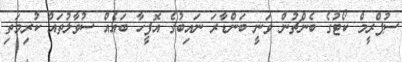
ސުޕްރީމް ކޯޓުގެ ބެންޗުން ވަނީ ބަންޑާރަ ނައިބުގެ އޮފީހާ ބައެއް ސުވާލުތައް ކުރިމަތި